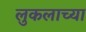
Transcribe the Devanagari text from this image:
लुकलाच्या